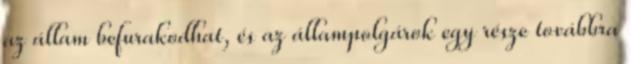
az állam befurakodhat, és az állampolgárok egy része továbbra